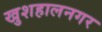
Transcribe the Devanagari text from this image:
खुशहालनगर